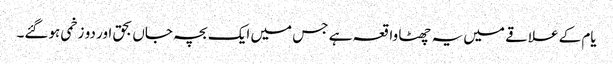
یام کے علاقے میں یہ چھٹا واقعہ ہے جس میں ایک بچہ جاں بحق اور دو زخمی ہوگئے۔